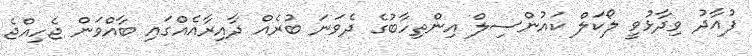
ފުއާދު ވިދާޅުވީ ލޯކަލް ކައުންސިލް އިންތިހާބުގެ ދެވަނަ ބުރެއް ދާއިރާއެއްގައި ބާއްވަން ޖެހިއްޖެ